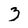
Character: 3